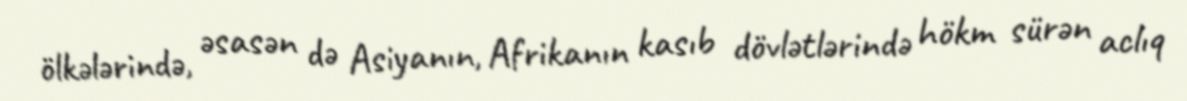
ölkələrində, əsasən də Asiyanın, Afrikanın kasıb dövlətlərində hökm sürən aclıq